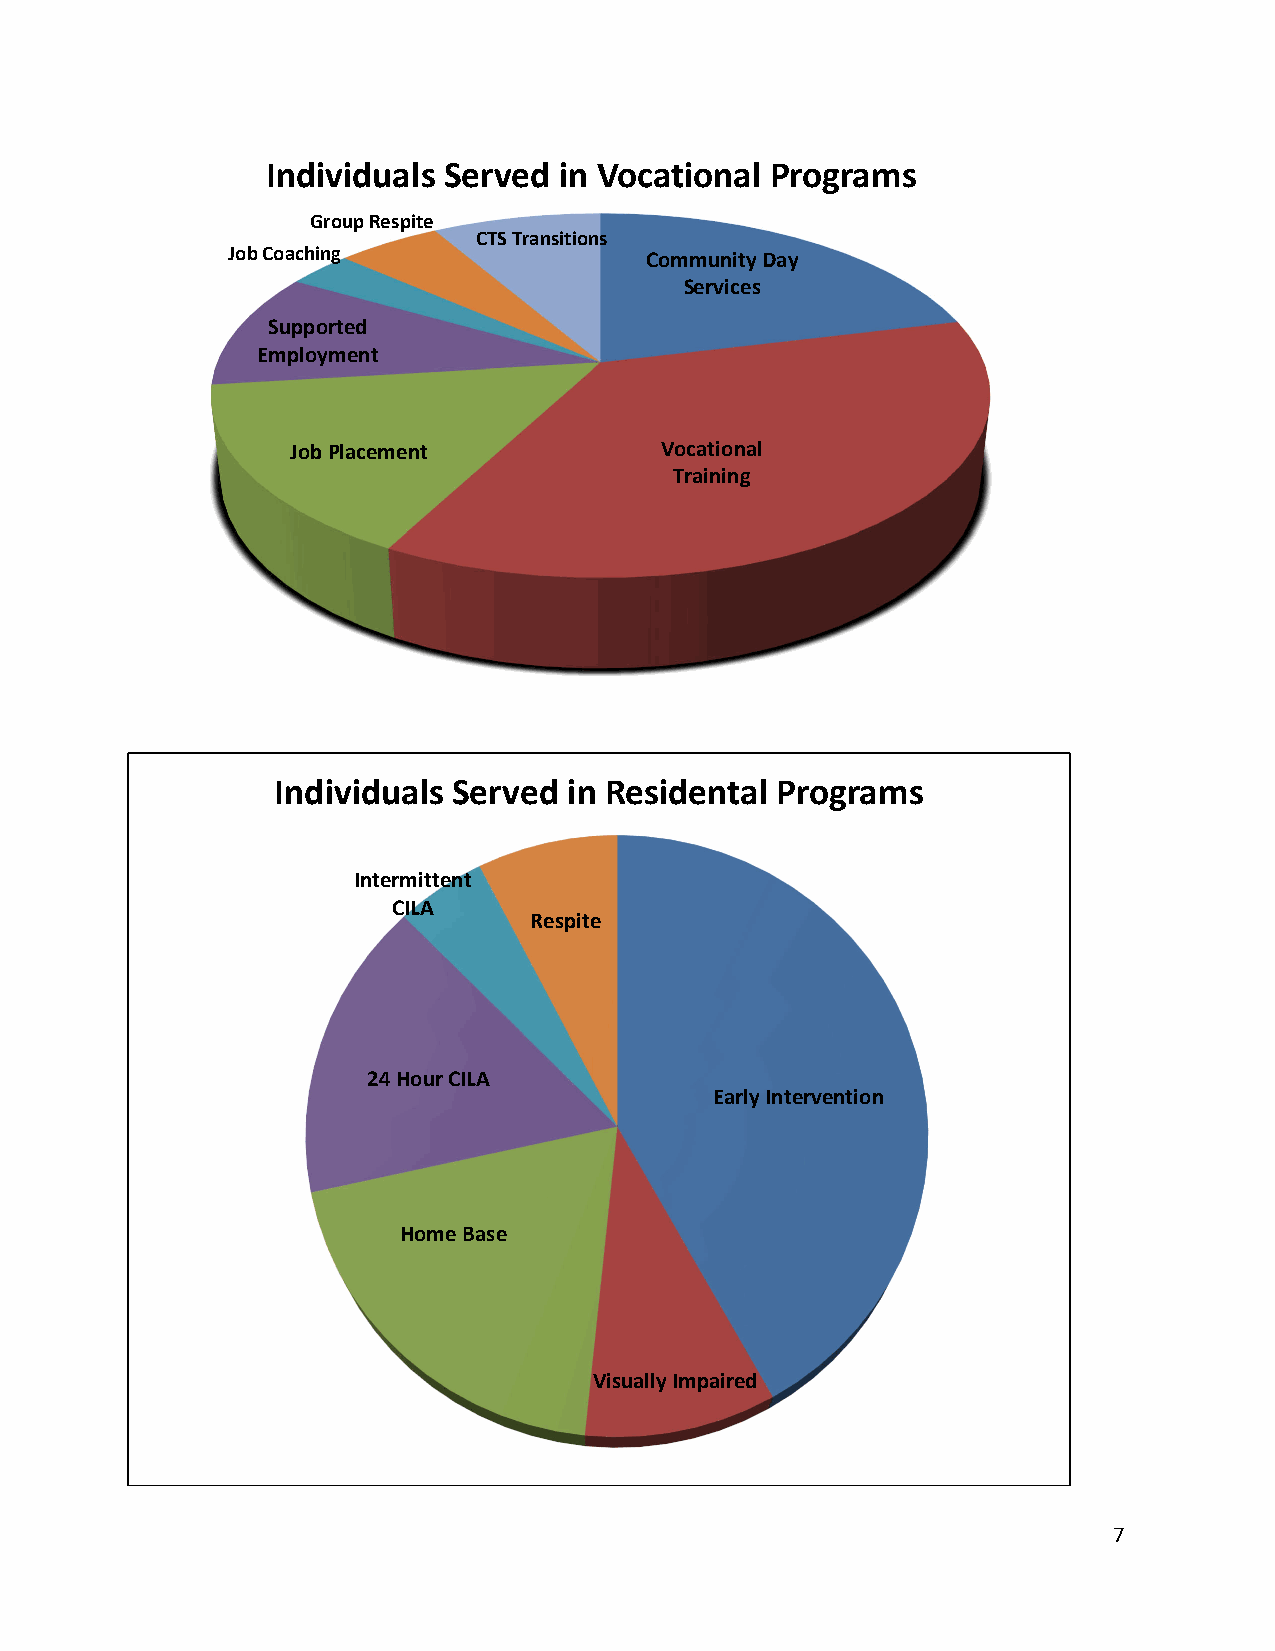
Individuals Served in Vocational Programs
 Group Respite
 CTS Transitions
 Job Coaching                Community Day
 Services
 Supported
 Employment
 Job Placement            Vocational
 Training
 Individuals Served  in Residental Programs
 Intermittent
 CILA
 Respite
 24 Hour CILA
 Early Intervention
 Home Base
 Visually Impaired
 7